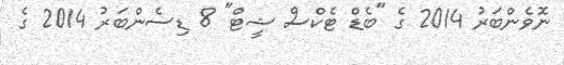
ނޮވެންބަރު 2014 ގެ "ބެޑް ޓެކްސް ޝީޓް" 8 ޑިސެންބަރު 2014 ގެ